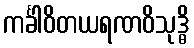
ကင်္ခါဝိတယရဏဝိသုဒ္ဓိ